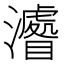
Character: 𤃔